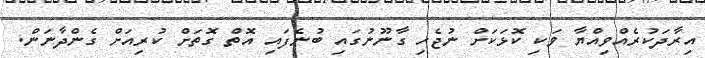
އިރާދަކުރެއްވިއްޔާ ވަކި ކޮޅަކަށް ނުޖެހި ގާނޫނުގައި ބުނެފައި އޮތް ގޮތަށް ކުރިއަށް ގެންދާނަން.